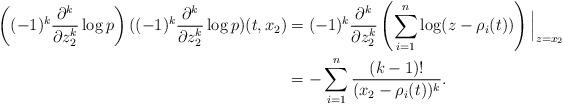
LaTeX: \begin{align*} \left((-1)^k \frac{\partial^k}{\partial z^k_2}\log p \right) ((-1)^k \frac{\partial^k}{\partial z^k_2}\log p) (t, x_2)&= (-1)^k \frac{\partial^k}{\partial z^k_2} \left(\sum_{i=1}^{n} \log(z-\rho_i(t))\right)\Big|_{z=x_2} \\ &=- \sum_{i=1}^{n} \frac{(k-1)!}{(x_2-\rho_i(t))^k}. \end{align*}